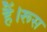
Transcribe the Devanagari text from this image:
हैं।रूस